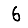
Digit: 6